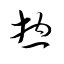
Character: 摠